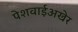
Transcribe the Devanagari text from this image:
पेशवाईअखेर